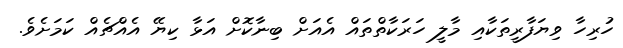
ހުރިހާ ވިޔަފާރީތަކާއި މާލީ ހަރަކާތްތައް އެއަށް ބިނާކޮށް އަޅާ ކިޔޭ އެއްޗެއް ކަމަށެވެ.